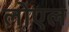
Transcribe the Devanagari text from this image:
लोएल